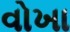
વોખા